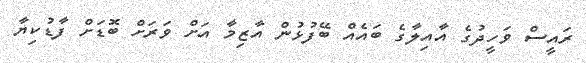
ރައީސް ވަހީދުގެ އާއިލާގެ ބައެއް ބޭފުޅުން އާޒިމާ އަށް ވަރަށް ބޮޑަށް ފާޑުކިޔާ